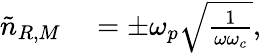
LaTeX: \begin{array}{rl}{\tilde{n}_{R,M}}&{{}=\pm\omega_{p}\sqrt{\frac{1}{\omega\omega_{c}}},}\end{array}